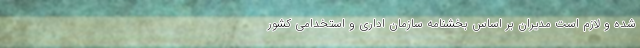
شده و لازم است مدیران بر اساس بخشنامه سازمان اداری و استخدامی کشور